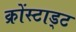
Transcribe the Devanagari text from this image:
क्रोंस्टाड्ट